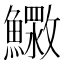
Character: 𮬓